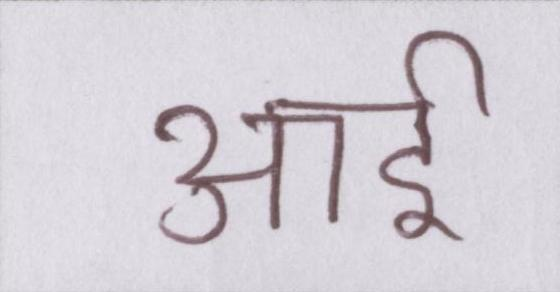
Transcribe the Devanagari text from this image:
आई